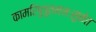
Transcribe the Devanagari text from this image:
कामरिपुपूतमनःसुकेत